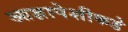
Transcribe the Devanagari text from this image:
आज्ञापेशीकडे